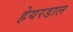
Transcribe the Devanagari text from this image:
हेयरडाल